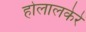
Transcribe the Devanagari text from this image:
होलालकेरे